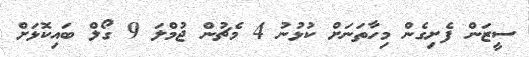
ސީޒަން ފެށިގެން މިހާތަނަށް ކުޅުނު 4 މެޗުން ޖުމްލަ 9 ގޯލް ބައިކޮޅަށް